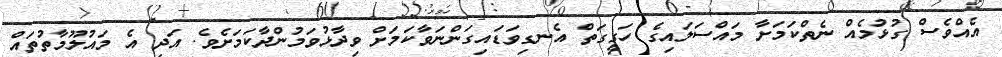
އެއްވެސް ގުޅުމެެއް ނެތްކަމަށާ މައްސަލައިގެ ހަގީގަތް އެނގިވަޑައިގަންނަވާކަމަށް ވިދާޅުވަމުންދާކަމަށެވެ. އަދި އެ މައުލޫމާތުތައް